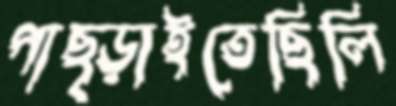
পাছ্‌ড়াইতেছিলি